Lunatic asylums Burma 1907-21 - 1907-1921
Year: 1907
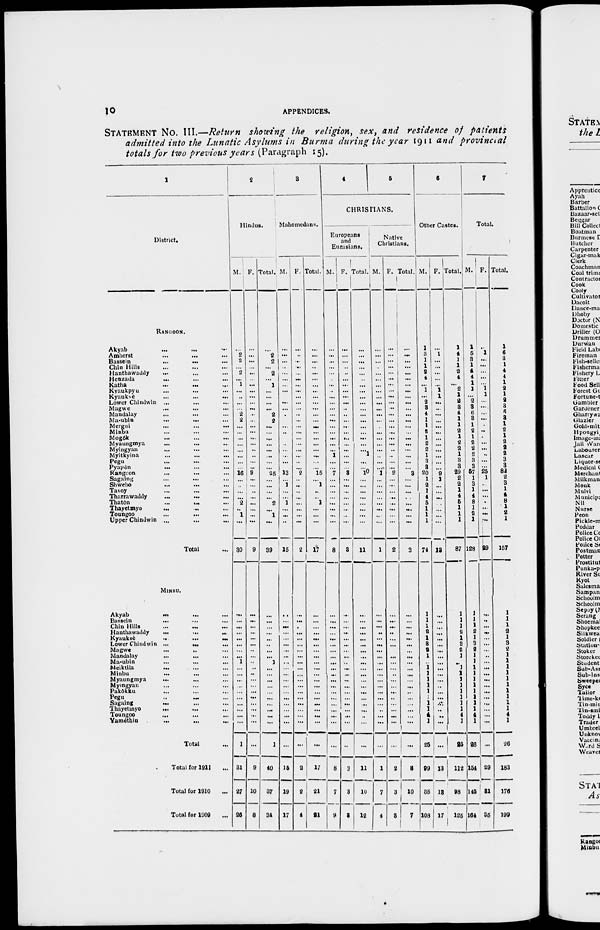
10
APPENDICES.
STATEMENT No. III.—Return showing the religion, sex, and residence of patients
admitted into the Lunatic Asylums in Burma during the year 1911 and provincial
totals for two previous years (Paragraph 15).
1
District.
RANGOON.
Akyab
...
...
...
Amherst ... ... ...
Bassein
...
... ...
Chin Hills ... ... ...
Hanthawaddy ... ... ...
Henzada ... ... ...
Katha
...
...
...
Kyaukpyu ... ... ...
Kyauksè ... ... ...
Lower Chindwin ... ... ...
Magwe ... ... ...
Mandalay ... ... ...
Ma-ubin ... ... ...
Mergui ... ... ...
Minbu ... ... ...
Mogôk ... ... ...
Myaungmya ... ... ...
Myingyan ... ... ...
Myitkytna ... ... ...
Pegu ... ... ...
Pyapôn
...
...
...
Rangoon ... ... ...
Sagaing ... ... ...
Shwebo
...
...
...
Tavoy ... ... ...
Tharrawaddy
...
...
...
Thatôn
...
...
...
Thayetmyo
...
...
...
Toungoo ... ... ...
Upper Chindwin ... ... ...
Total ...
MINBU.
Akyab
...
...
...
Bassein ... ... ...
Chin Hills
...
...
...
Hanthawaddy
...
...
...
Kyauksè
...
...
...
Lower Chindwin ... ... ...
Magwe ... ... ...
Mandalay ... ... ...
Ma-ubin ... ... ...
Meiktila ... ... ...
Minbu
...
...
...
Myaungmya ... ... ...
Mymgyan ... ... ...
Pakôkku ... ... ...
Pegu
...
...
...
Sagaing ... ... ...
Thayetmyo ... ... ...
Toungoo ... ... ...
Yamèthin
...
...
...
Total ...
Total for 1911 ...
Total for 1910 ...
Total for 1909 ...
2
Hindus.
M.
... 2 2
2
...
1
...
...
...
...
2
2
...
...
...
...
...
...
...
...
16
...
...
...
...
2
...
1
...
30
...
...
...
...
...
...
...
...
1
...
...
...
...
...
...
...
...
...
...
1
31
27
26
F.
...
...
...
...
...
...
...
...
...
...
...
...
...
...
...
...
..
..
...
...
9
...
...
...
...
...
...
...
...
9
...
...
...
...
...
...
..
...
..
..
..
...
...
...
...
...
...
...
...
...
9
10
8
Total.
.. 2
2
...
2
...
1
...
...
...
...
2
2
...
...
...
...
...
...
...
...
25
...
...
...
...
2
...
1
...
39
...
...
...
...
...
...
...
...
1
...
...
...
...
...
...
...
...
...
...
1
40
37
34
3
Mahomedans.
M.
...
...
...
...
...
...
...
...
...
...
...
...
...
...
...
...
...
...
...
...
...
13
...
1
...
...
1
...
...
...
15
...
...
...
...
...
...
...
...
...
...
...
...
...
...
...
...
...
...
...
...
15
19
17
F.
...
... ...
...
...
...
...
...
...
...
...
...
...
...
...
...
...
...
...
...
...
2
...
...
...
...
...
...
...
...
2
...
...
...
...
...
...
...
...
...
...
...
...
...
...
...
...
...
...
...
...
2
2
4
Total.
...
... ...
..
...
...
...
...
...
...
...
...
...
...
...
...
...
...
...
...
...
15
...
1
...
...
1
...
...
17
...
...
...
...
...
...
...
...
...
...
...
...
...
...
...
...
...
...
...
...
17
21
21
4
5
CHRISTIANS.
Europeans
and
Eurasians.
M.
...
... ...
...
...
...
...
...
...
...
...
...
...
...
...
...
...
...
1
...
...
7
...
...
...
...
...
...
...
...
8
...
...
...
...
...
...
...
...
...
...
...
...
...
...
...
...
...
...
...
...
8
7
9
F.
...
... ...
..
..
...
...
...
...
...
...
...
...
...
...
...
...
...
...
...
...
3
...
...
...
...
...
...
...
...
3
...
...
...
...
...
...
...
...
...
...
...
...
...
...
...
...
...
...
...
...
3
3
3
Total.
...
... ...
...
...
...
...
...
...
...
...
...
...
...
...
...
...
...
1
...
...
l0
...
...
...
...
...
...
...
...
11
...
...
...
...
...
...
...
...
...
...
...
...
...
...
...
...
...
...
...
...
11
10
12
Native
Christians.
M.
...
... ...
...
...
...
...
...
...
...
...
...
...
...
...
...
...
...
...
...
...
1
...
...
...
...
...
...
...
...
1
...
...
...
..
...
...
...
...
...
...
...
...
...
...
...
...
...
...
...
...
1
7
4
F.
...
...
...
...
...
...
...
...
...
...
...
...
...
...
...
...
...
..
..
...
...
2
...
...
...
...
...
...
...
...
2
...
...
...
..
...
...
...
...
...
...
...
...
...
...
...
...
...
...
...
...
2
3
3
Total.
...
...
...
...
...
...
...
...
...
...
...
...
...
...
...
...
...
...
...
...
...
3
...
...
...
...
...
...
...
...
3
...
...
...
...
...
...
...
...
...
...
...
...
...
...
...
...
...
...
...
...
3
10
7
6
Other Castes.
M.
1
... 1
1
2
4
...
1
...
2
3
4
1
1
2 1
2 2
1
3
3
20
1
2
1
4
5
1
1
1
74
1
1
1
2
1
3
2
1
...
1 1
1
1
1
1
1
1
4
1
25
99
85
108
F.
... ...
...
...
...
...
...
1
1
...
...
...
...
...
...
...
...
...
...
...
...
9
1
...
...
...
...
...
...
...
13
...
...
...
...
...
...
...
...
...
...
...
...
...
...
...
...
...
...
...
13
13
17
Total.
1
... 1
1
2
4
...
2
1
2
3
4
1
1
2
1
2
2
1
3
3
29
2
2
1
4
5
1
1
1
87
1
1
1
2
1
3
2
1
...
1
1
1
1
1
1
1
1
4
1
25
112
98
125
7
Total.
M.
1
5
1
1
4
1
...
...
...
2
3
6
3
1
2
1
2
2
2
3
3
57
1
3
1
4
8
1
2
1
128
1
1
1
2
1
3
2
1
1
1
1
1
1
1
1
1
1
4
1
26
154
145
164
F.
...
1
...
...
...
...
...
1
...
...
...
...
...
...
...
...
...
...
...
...
...
25
1
...
...
...
...
...
...
...
29
...
...
...
...
...
...
..
...
...
...
...
...
...
...
...
...
..
...
...
...
29
31
35
Total.
1
6
1
1
4
1
...
1
... 2
3
6
3
1
2
1
2
2
2
3
3
82
2
3
1
4
8
1
2
1
157
1
1
1
2
1
3
2
1
1
1
1
1
1
1
1
1
1
4
1
26
183
176
199